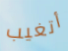
أتغيب